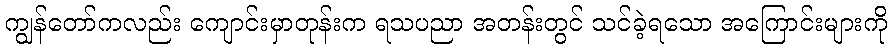
ကျွန်တော်ကလည်း ကျောင်းမှာတုန်းက ရသပညာ အတန်းတွင် သင်ခဲ့ရသော အကြောင်းများကို